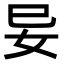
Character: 𭑭